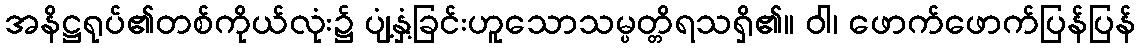
အနိဋ္ဌရုပ်၏တစ်ကိုယ်လုံး၌ ပျံ့နှံ့ခြင်းဟူသောသမ္ပတ္တိရသရှိ၏။ ဝါ၊ ဖောက်ဖောက်ပြန်ပြန်